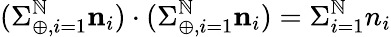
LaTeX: (\Sigma_{\oplus,i=1}^{\mathbb{N}}{\mathbf{n}}_{i})\cdot(\Sigma_{\oplus,i=1}^{\mathbb{N}}{\mathbf{n}}_{i})=\Sigma_{i=1}^{\mathbb{N}}n_{i}